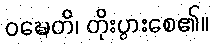
ဝဍ္ဎေတိ၊ တိုးပွားစေ၏။